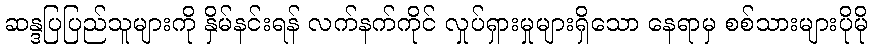
ဆန္ဒပြပြည်သူများကို နှိမ်နင်းရန် လက်နက်ကိုင် လှုပ်ရှားမှုများရှိသော နေရာမှ စစ်သားများပိုမို